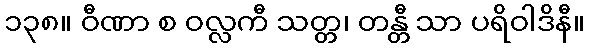
၁၃၈။ ဝီဏာ စ ဝလ္လကီ သတ္တ၊ တန္တီ သာ ပရိဝါဒိနီ။